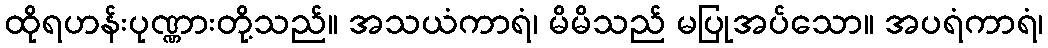
ထိုရဟန်းပုဏ္ဏားတို့သည်။ အသယံကာရံ၊ မိမိသည် မပြုအပ်သော။ အပရံကာရံ၊